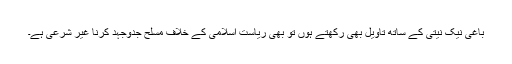
باغی نیک نیتی کے ساتھ تاویل بھی رکھتے ہوں تو بھی ریاست اسلامی کے خلاف مسلح جدوجہد کرنا غیر شرعی ہے۔